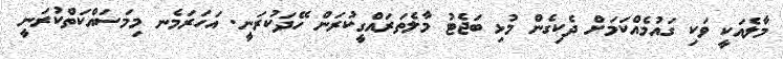
މާލެއަކީ ވަކި ގައުމެއްކަމަށް ދެކިގެން މުޅި ބަޖެޓު މާލެތަރައްގީކުރަން ހޭދަކުރަނީ. އަހަރަމެނ މިމަސައްކަތްކުރަނީ